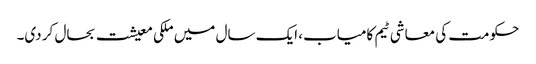
حکومت کی معاشی ٹیم کامیاب، ایک سال میں ملکی معیشت بحال کر دی۔